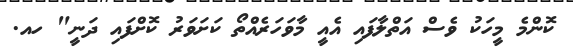
ކޮންމެ މީހަކު ވެސް އަތްލާފައި އެއީ މާވަހަރެއްތޯ ކަށަވަރު ކޮށްފައި ދަނީ" ހއ.